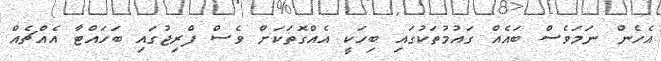
އެހެން ނަމަވެސް ބައެއް ގައުމުތަކުގައި ބިހަކީ އެއްގޮތަކަށް ވެސް ފްރިޖުގައި ބަހައްޓާ އެއްޗެއް